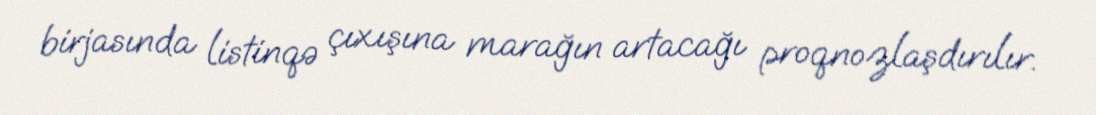
birjasında listinqə çıxışına marağın artacağı proqnozlaşdırılır.